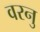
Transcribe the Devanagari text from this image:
वरनु